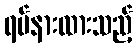
ရပ်နားထားသည့်